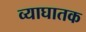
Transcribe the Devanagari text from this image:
व्याघातक